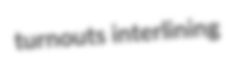
turnouts interlining